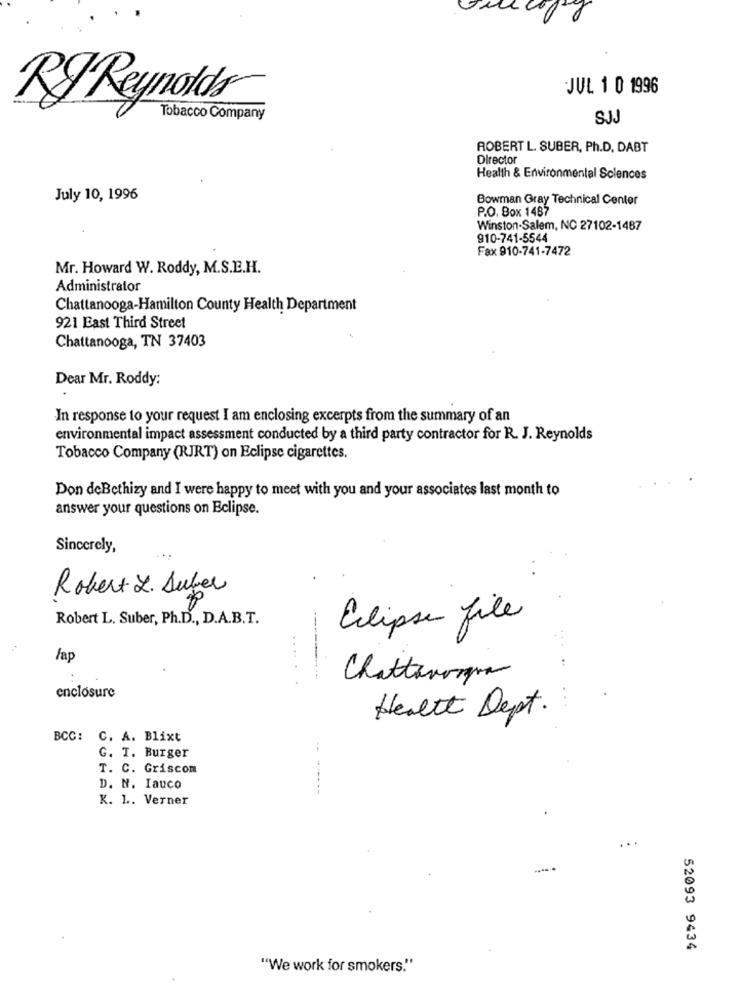
JUL 1 0 1996
RJ Reynolds
Tobacco Company
SJJ
ROBERT L. SUBER, Ph.D. DABT
Director
Health & Environmental Sciences
July 10, 1996
Bowman Gray Technical Center
P.O. Box 1487
Winston-Salem, NC 27102-1487
910-741-5544
Fax 910-741-7472
Mr. Howard W. Roddy, M.S.E.H.
Administrator
Chattanooga-Hamilton County Health Department
921 East Third Street
Chattanooga, TN 37403
Dear Mr. Roddy:
In response to your request I am enclosing excerpts from the summary of an
environmental impact assessment conducted by a third party contractor for R. J. Reynolds
Tobacco Company (RJRT) on Eclipse cigarettes.
Don deBethizy and I were happy to meet with you and your associates last month to
answer your questions on Eclipse.
Sincerely,
Robert Z. Suber
Robert L. Suber, Ph.D ., D.A.B.T.
Eclipse file
fap
Chattanooga
enclosure
......
Health Dept.
BCC: C. A. Blixt
G. T. Burger
T. C. Griscom
D. N. Iauco
-- ------
K. 1 .. Verner
52093 9434
"We work for smokers."